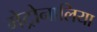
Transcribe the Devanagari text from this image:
मेट्रोनालिया